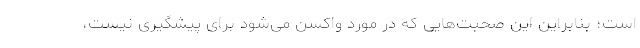
است؛ بنابراین این صحبت‌هایی که در مورد واکسن می‌شود برای پیشگیری نیست،